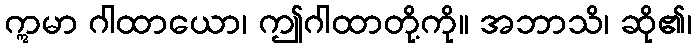
ဣမာ ဂါထာယော၊ ဤဂါထာတို့ကို။ အဘာသိ၊ ဆို၏၊